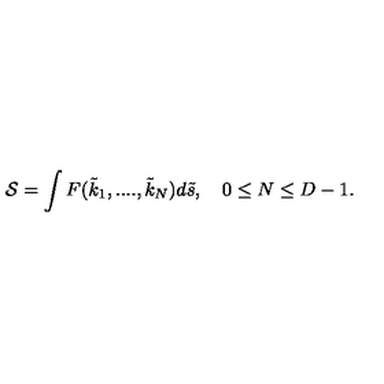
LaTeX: { \cal S } = \int F ( { \tilde { k } } _ { 1 } , . . . . , { \tilde { k } } _ { N } ) d { \tilde { s } } , \quad 0 \leq N \leq D - 1 .